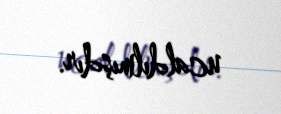
ucaldılmışdır.